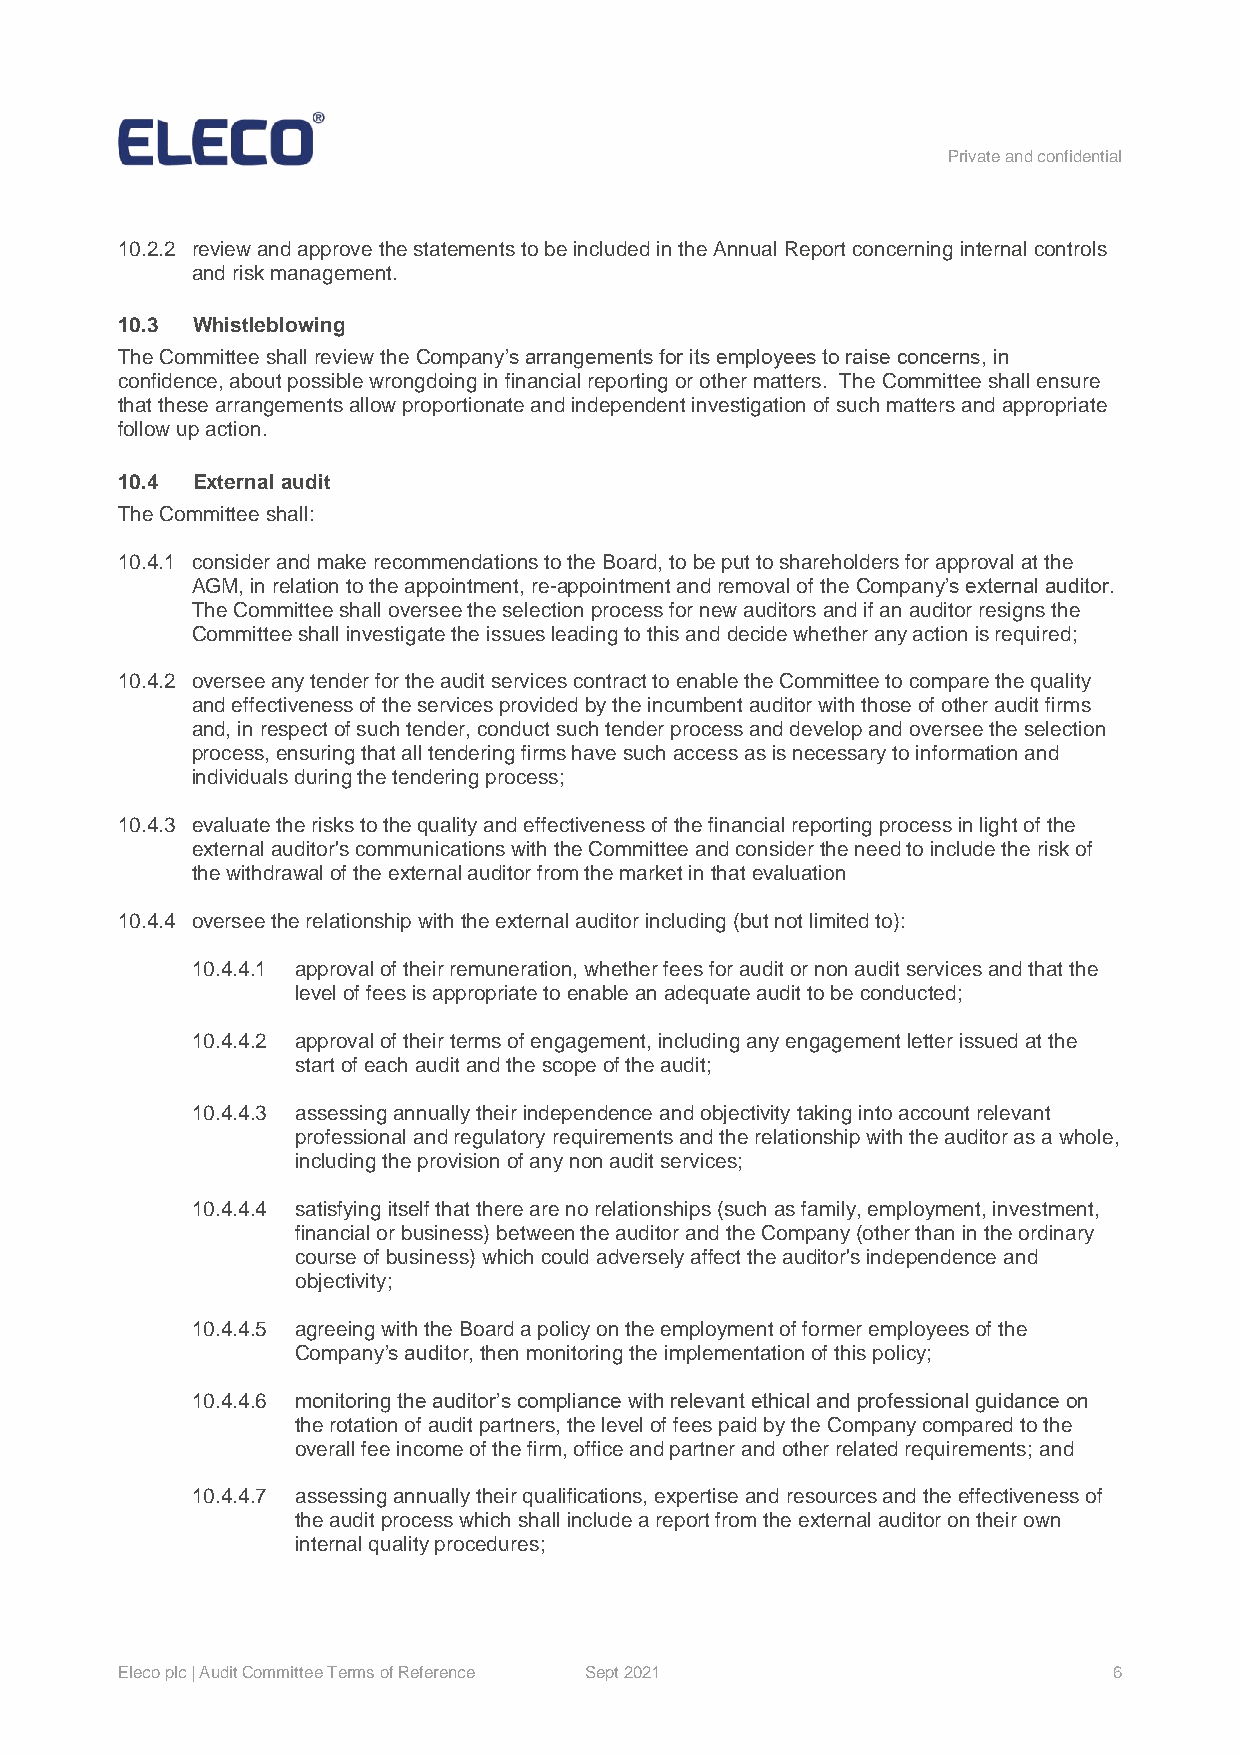
Private and confidential
 10.2.2 review and approve the statements to be included in the Annual Report concerning internal controls
 and risk management.
 10.3 Whistleblowing
 The Committee shall review the Company’s arrangements for its employees to raise concerns, in
 confidence, about possible wrongdoing in financial reporting or other matters. The Committee shall ensure
 that these arrangements allow proportionate and independent investigation of such matters and appropriate
 follow up action.
 10.4 External audit
 The Committee shall:
 10.4.1 consider and make recommendations to the Board, to be put to shareholders for approval at the
 AGM, in relation to the appointment, re-appointment and removal of the Company’s external auditor.
 The Committee shall oversee the selection process for new auditors and if an auditor resigns the
 Committee shall investigate the issues leading to this and decide whether any action is required;
 10.4.2 oversee any tender for the audit services contract to enable the Committee to compare the quality
 and effectiveness of the services provided by the incumbent auditor with those of other audit firms
 and, in respect of such tender, conduct such tender process and develop and oversee the selection
 process, ensuring that all tendering firms have such access as is necessary to information and
 individuals during the tendering process;
 10.4.3 evaluate the risks to the quality and effectiveness of the financial reporting process in light of the
 external auditor's communications with the Committee and consider the need to include the risk of
 the withdrawal of the external auditor from the market in that evaluation
 10.4.4 oversee the relationship with the external auditor including (but not limited to):
 10.4.4.1 approval of their remuneration, whether fees for audit or non audit services and that the
 level of fees is appropriate to enable an adequate audit to be conducted;
 10.4.4.2 approval of their terms of engagement, including any engagement letter issued at the
 start of each audit and the scope of the audit;
 10.4.4.3 assessing annually their independence and objectivity taking into account relevant
 professional and regulatory requirements and the relationship with the auditor as a whole,
 including the provision of any non audit services;
 10.4.4.4 satisfying itself that there are no relationships (such as family, employment, investment,
 financial or business) between the auditor and the Company (other than in the ordinary
 course of business) which could adversely affect the auditor's independence and
 objectivity;
 10.4.4.5 agreeing with the Board a policy on the employment of former employees of the
 Company’s auditor, then monitoring the implementation of this policy;
 10.4.4.6 monitoring the auditor’s compliance with relevant ethical and professional guidance on
 the rotation of audit partners, the level of fees paid by the Company compared to the
 overall fee income of the firm, office and partner and other related requirements; and
 10.4.4.7 assessing annually their qualifications, expertise and resources and the effectiveness of
 the audit process which shall include a report from the external auditor on their own
 internal quality procedures;
 Eleco plc | Audit Committee Terms of Reference Sept 2021          6